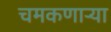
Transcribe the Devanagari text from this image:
चमकणार्‍या